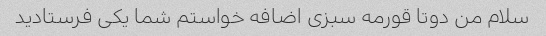
سلام من دوتا قورمه سبزی اضافه خواستم شما یکی فرستادید